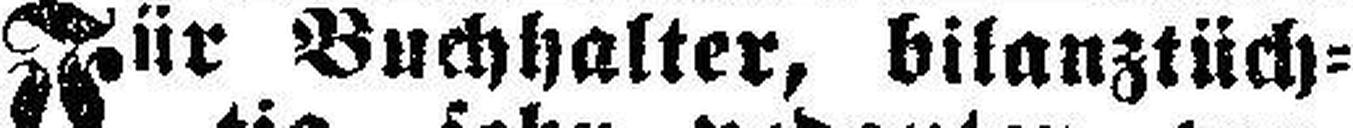
Für Buchhalter, bilanztüch¬